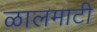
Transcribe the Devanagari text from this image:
ळालमाटी